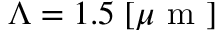
\Lambda = 1 . 5 \; [ \mu \mathrm { ~ m ~ } ]